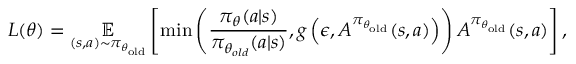
L ( \theta ) = \underset { ( s , a ) \sim \pi _ { \theta _ { \mathrm { o l d } } } } { \mathbb { E } } \left[ \operatorname* { m i n } \left( \frac { \pi _ { \theta } ( a \vert s ) } { \pi _ { \theta _ { o l d } } ( a \vert s ) } , g \left( \epsilon , A ^ { \pi _ { \theta _ { \mathrm { o l d } } } } ( s , a ) \right) \right) A ^ { \pi _ { \theta _ { \mathrm { o l d } } } } ( s , a ) \right] ,